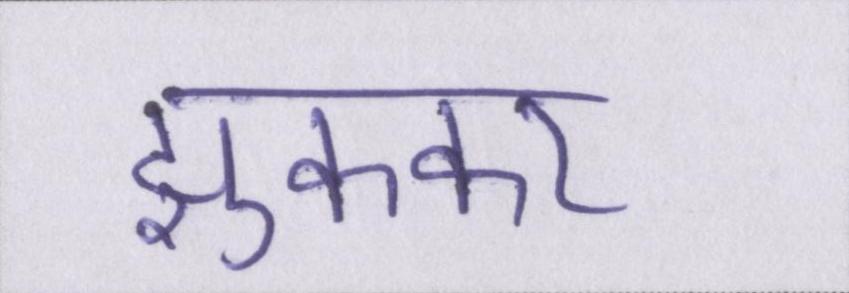
झुककर